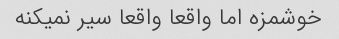
خوشمزه اما واقعا واقعا سیر نمیکنه